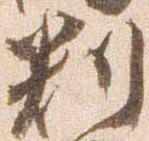
判